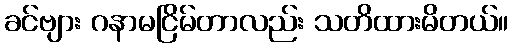
ခင်ဗျား ဂနာမငြိမ်တာလည်း သတိထားမိတယ်။